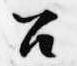
召